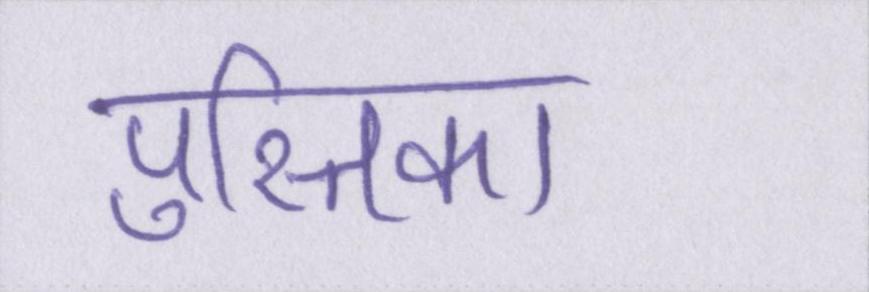
पुस्तिका